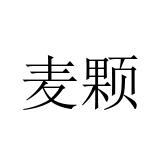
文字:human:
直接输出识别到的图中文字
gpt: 麦颗